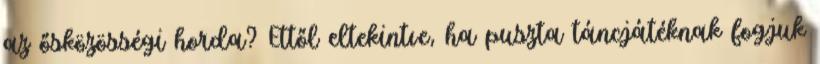
az ősközösségi horda? Ettől eltekintve, ha puszta táncjátéknak fogjuk